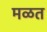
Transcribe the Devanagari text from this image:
मळत